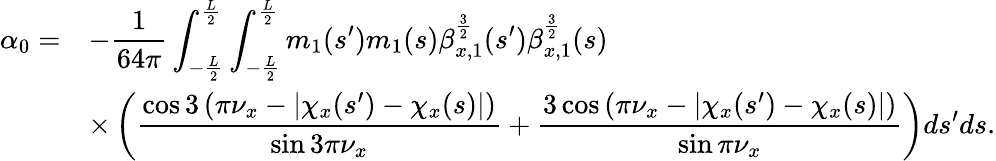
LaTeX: \begin{array}{cl}{\displaystyle\alpha_{0}=}&{\displaystyle-\frac{1}{64\pi}\int_{-\frac{L}{2}}^{\frac{L}{2}}{\int_{-\frac{L}{2}}^{\frac{L}{2}}{m_{1}(s^{\prime})m_{1}(s)\beta_{x,1}^{\frac{3}{2}}(s^{\prime})\beta_{x,1}^{\frac{3}{2}}(s)}}}\\ &{\displaystyle\times\left(\frac{\cos{3\left(\pi\nu_{x}-\left|\chi_{x}(s^{\prime})-\chi_{x}(s)\right|\right)}}{\sin{3\pi\nu_{x}}}+\frac{3\cos{\left(\pi\nu_{x}-\left|\chi_{x}(s^{\prime})-\chi_{x}(s)\right|\right)}}{\sin{\pi\nu_{x}}}\right)ds^{\prime}ds.}\end{array}